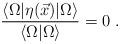
LaTeX: \begin{align*}\frac {\langle \Omega| \eta(\vec{x})|\Omega\rangle} {\langle \Omega|\Omega \rangle} =0 \; .\end{align*}